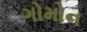
ગોમોન